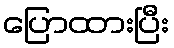
ပြောထားပြီး